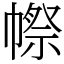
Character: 㡜